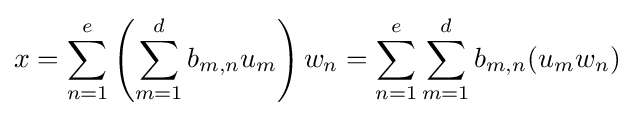
x=\sum _{n=1}^{e}\left(\sum _{m=1}^{d}b_{m,n}u_{m}\right)w_{n}=\sum _{n=1}^{e}\sum _{m=1}^{d}b_{m,n}(u_{m}w_{n})